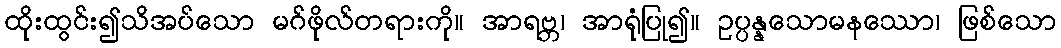
ထိုးထွင်း၍သိအပ်သော မဂ်ဖိုလ်တရားကို။ အာရဗ္ဘ၊ အာရုံပြု၍။ ဥပ္ပန္နသောမနဿော၊ ဖြစ်သော